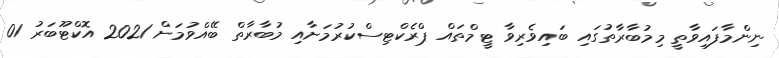
ނިންމާފައިވާތީ މިމުބާރާތުގައި ބައިވެރިވާ ޓީމްތައް ޕްރެކްޓިސްކުރުމަށާއި މުބާރާތް ބޭއްވުމަށް 2021 އޮކްޓޫބަރު 01